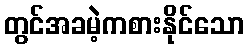
တွင်အခမဲ့ကစားနိုင်သော